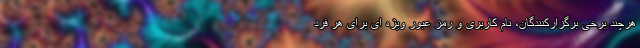
هرچند برخی برگزارکنندگان، نام کاربری و رمز عبور ویژه ای برای هر فرد